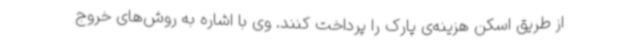
از طریق اسکن هزینه‌ی پارک را پرداخت کنند. وی با اشاره به روش‌های خروج